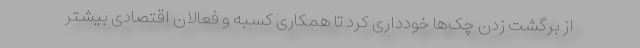
از برگشت زدن چک‌ها خودداری کرد تا همکاری کسبه و فعالان اقتصادی بیشتر